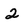
Character: 2